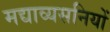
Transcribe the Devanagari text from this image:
मद्याव्यसनियों